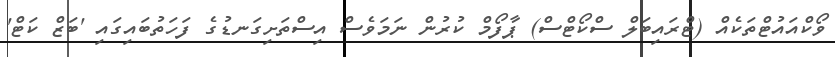
ވޯކްއައުޓްތަކެއް (ޓްރައިބަލް ސްކޯޓްސް) ޕާފޯމް ކުރުން ނަމަވެސް އިސްތަށިގަނޑުގެ ފަހަތުބައިގައި 'ބަޒް ކަޓް'